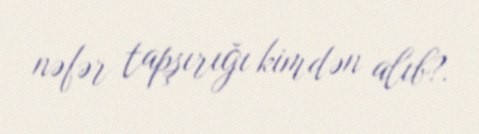
nəfər tapşırığı kimdən alıb?.